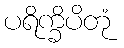
ပရိက္ခိပိတုံ